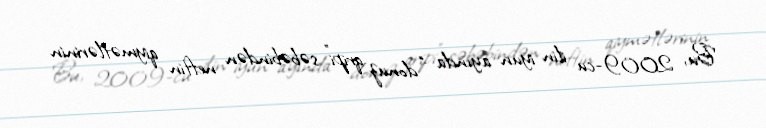
Bu, 2009-cu ilin iyun ayında “donuz qripi” səbəbindən neftin qiymətlərinin